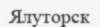
Ялуторск